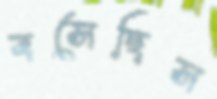
বসেছিস